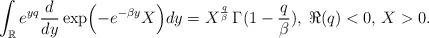
LaTeX: \begin{align*}\int_\mathbb{R} e^{yq} \frac{d}{dy}\exp\Bigl(-e^{-\beta y}X\Bigr) dy = X^{\frac{q}{\beta}} \,\Gamma(1-\frac{q}{\beta}),\;\Re(q)<0, \,X>0.\end{align*}